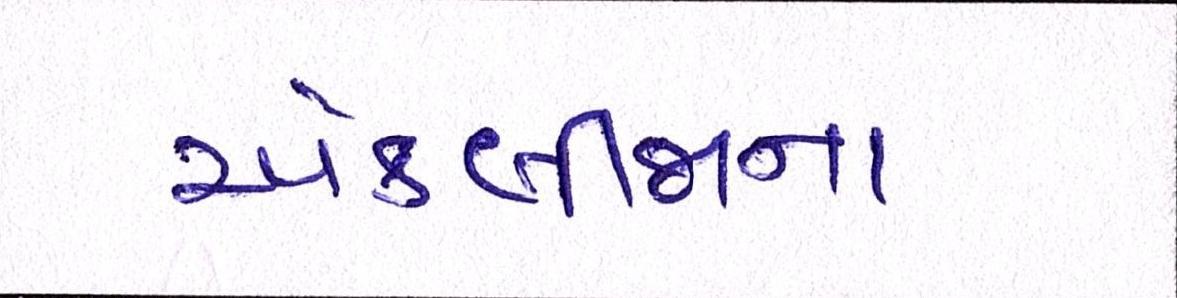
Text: એકબીજાના